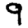
Digit: 9